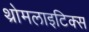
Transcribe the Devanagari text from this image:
थ्रोमलाइटिक्स